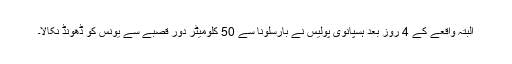
البتہ واقعے کے 4 روز بعد ہسپانوی پولیس نے بارسلونا سے 50 کلومیٹر دور قصبے سے یونس کو ڈھونڈ نکالا۔